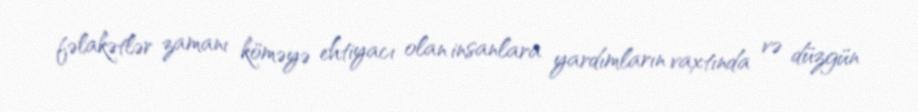
fəlakətlər zamanı köməyə ehtiyacı olan insanlara yardımların vaxtında və düzgün